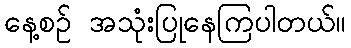
နေ့စဉ် အသုံးပြုနေကြပါတယ်။